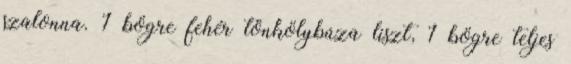
szalonna. 1 bögre fehér tönkölybúza liszt, 1 bögre teljes